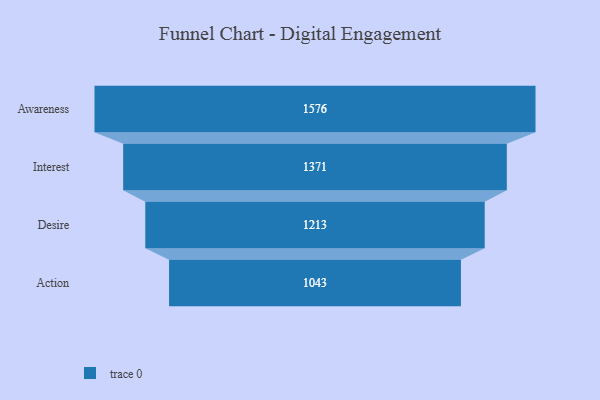
{"axis": {"x": "Stage", "y": "Value"}, "legend": [""], "data": [{"x": "Awareness", "y": 1576.0, "type": ""}, {"x": "Interest", "y": 1371.0, "type": ""}, {"x": "Desire", "y": 1213.0, "type": ""}, {"x": "Action", "y": 1043.0, "type": ""}]}